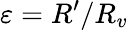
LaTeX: \varepsilon=R^{\prime}/R_{v}